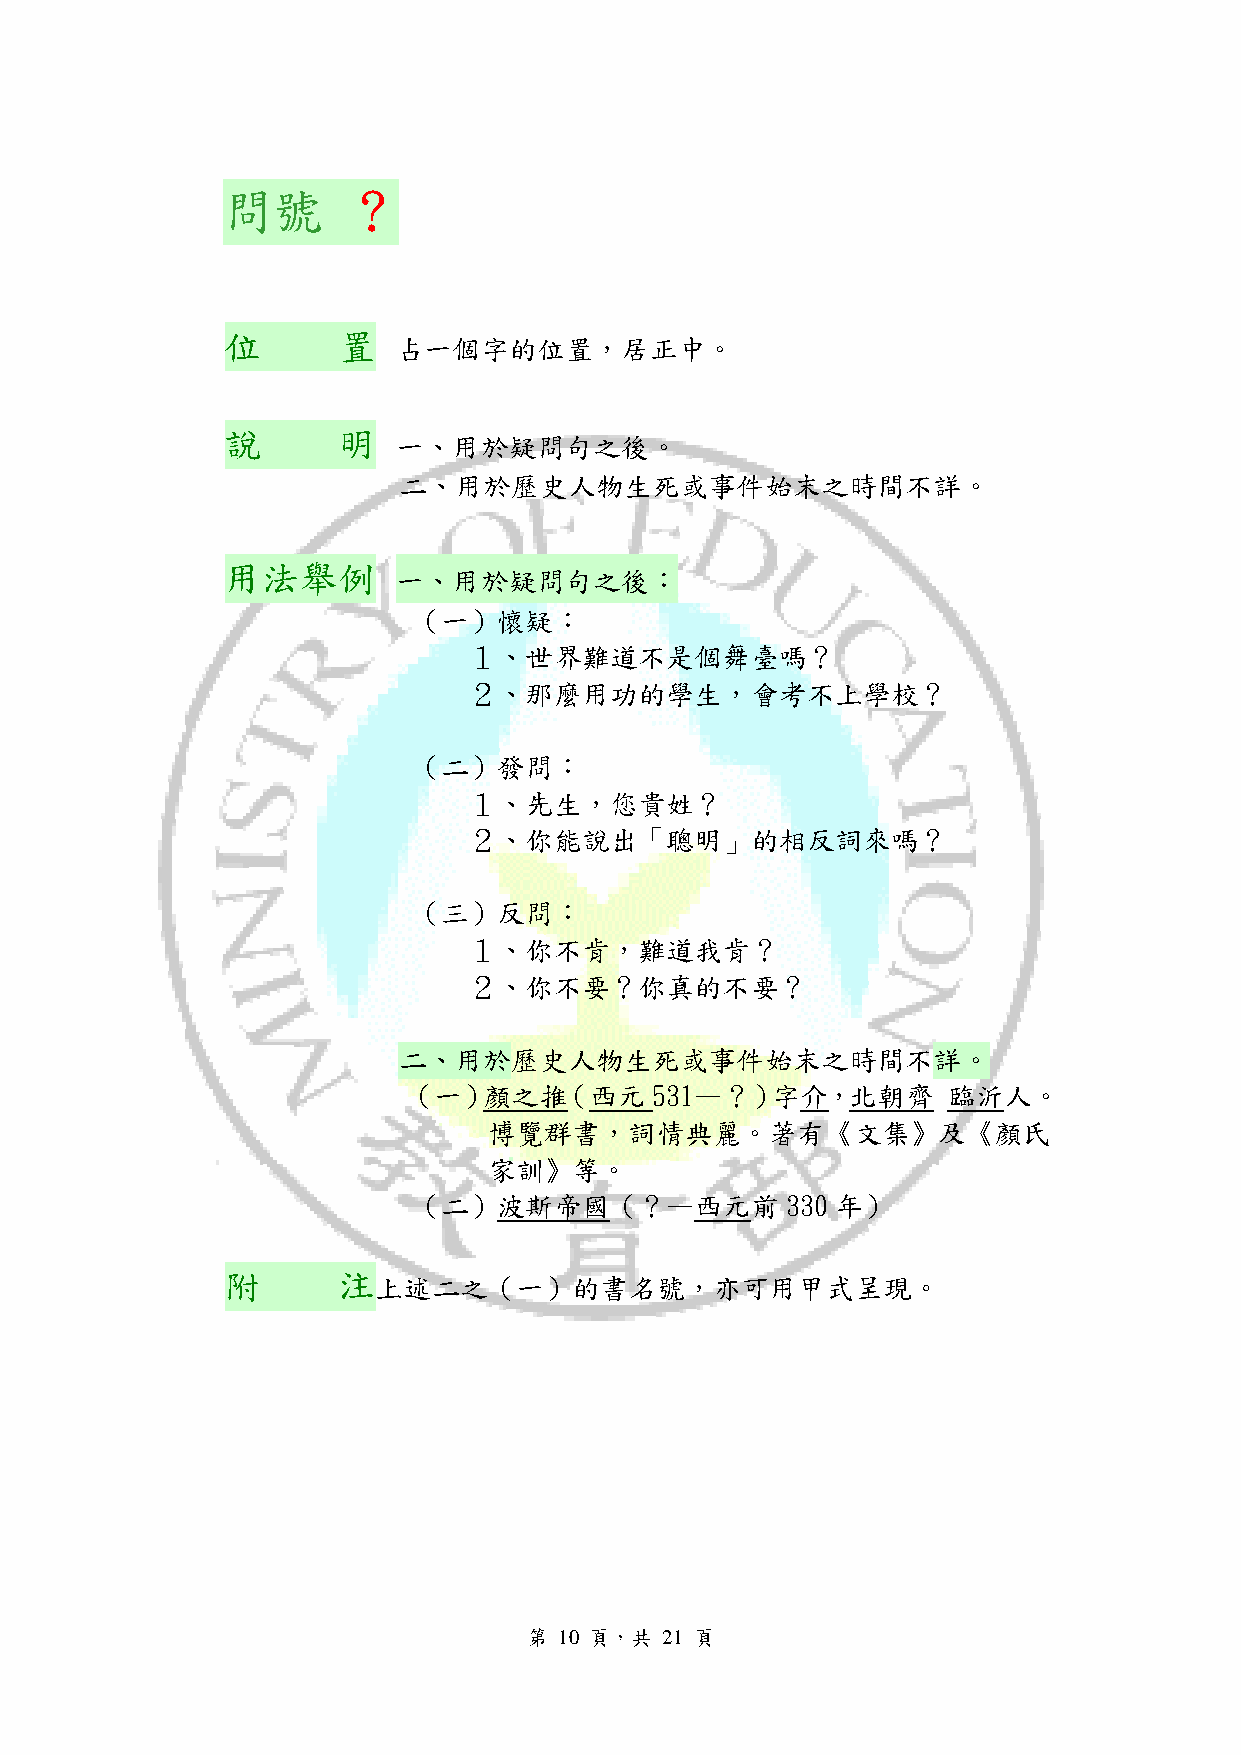
問號      ？
 位      置
 占一個字的位置，居正中。
 說      明
 一、用於疑問句之後。
 二、用於歷史人物生死或事件始末之時間不詳。
 用法舉例
 一、用於疑問句之後：
 （一）懷疑：
 １、世界難道不是個舞臺嗎？
 ２、那麼用功的學生，會考不上學校？
 （二）發問：
 １、先生，您貴姓？
 ２、你能說出「聰明」的相反詞來嗎？
 （三）反問：
 １、你不肯，難道我肯？
 ２、你不要？你真的不要？
 二、用於歷史人物生死或事件始末之時間不詳。
 （一）顏之推（西元       531—？）字介，北朝齊        臨沂人。
 博覽群書，詞情典麗。著有《文集》及《顏氏
 家訓》等。
 （二）波斯帝國（？—西元前            330 年）
 附      注
 上述二之（一）的書名號，亦可用甲式呈現。
 第 10 頁，共 21 頁